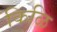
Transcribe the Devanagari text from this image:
किळि